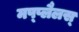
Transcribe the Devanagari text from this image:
मप्प्लैलस्